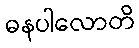
ဓနပါလောတိ